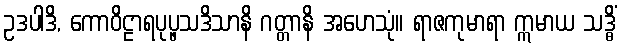
ဥဒပါဒိ, ကောဝိဠာရပုပ္ဖသဒိသာနိ ဂတ္တာနိ အဟေသုံ။ ရာဇကုမာရာ ဣမာယ သဒ္ဓိံ